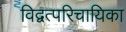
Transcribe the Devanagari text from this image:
विद्वत्परिचायिका